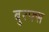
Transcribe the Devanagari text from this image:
बुरफ्स